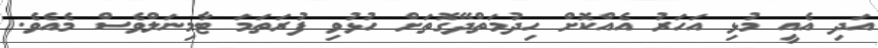
އަދި އެއީ މުޅި އަހަރު އެއްކޮށް ހިދުމަތްދޭގޮތަށް ހުޅުވި ފުރަތަމަ ޓާމިނަލްވެސް މެއެވެ.